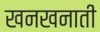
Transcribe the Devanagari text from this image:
खनखनाती